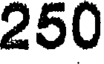
250